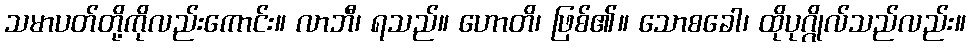
သမာပတ်တို့ကိုလည်းကောင်း။ လာဘီ၊ ရသည်။ ဟောတိ၊ ဖြစ်၏။ သောစခေါ၊ ထိုပုဂ္ဂိုလ်သည်လည်း။